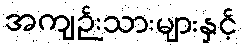
အကျဉ်းသားများနှင့်